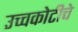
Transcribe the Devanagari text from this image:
उच्चकोटीचे